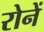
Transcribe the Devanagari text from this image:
रोनें